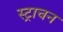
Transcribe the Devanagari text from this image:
स्ट्राचन